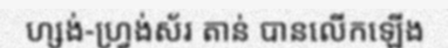
ហ្សង់-ហ្វ្រង់ស័រ តាន់ បានលើកឡើង